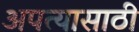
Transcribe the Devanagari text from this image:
अपत्यासाठी